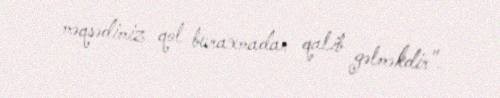
məqsədimiz qol buraxmadan qalib gəlməkdir".